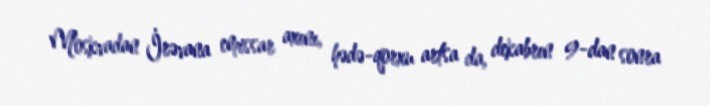
Moskvadan İrəvana emissar axını, hədə-qorxu artsa da, dekabrın 9-dan sonra